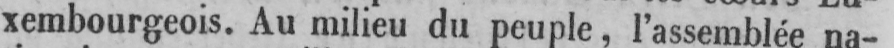
xembourgeois. Au milieu du peuple, l’assemblée na-